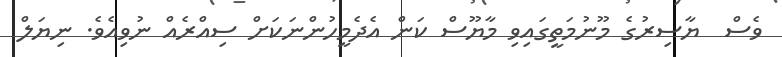
ވެސް  ޔާސިރުގެ މޫނުމަތީގައިވި މާޔޫސް ކަން އެދެމީހުންނަކަށް ސިއްރެއް ނުވިއެވެ. ނިޔަލް